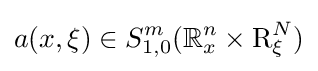
a(x,\xi )\in S_{1,0}^{m}(\mathbb {R} _{x}^{n}\times \mathrm {R} _{\xi }^{N})